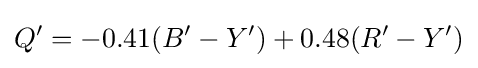
Q'=-0.41(B'-Y')+0.48(R'-Y')